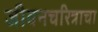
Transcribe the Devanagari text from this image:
जीवनचरित्राचा